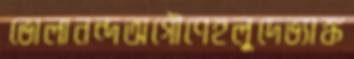
ভোলানন্দঅগৌণেহলুদেভ্যাঙ্ক